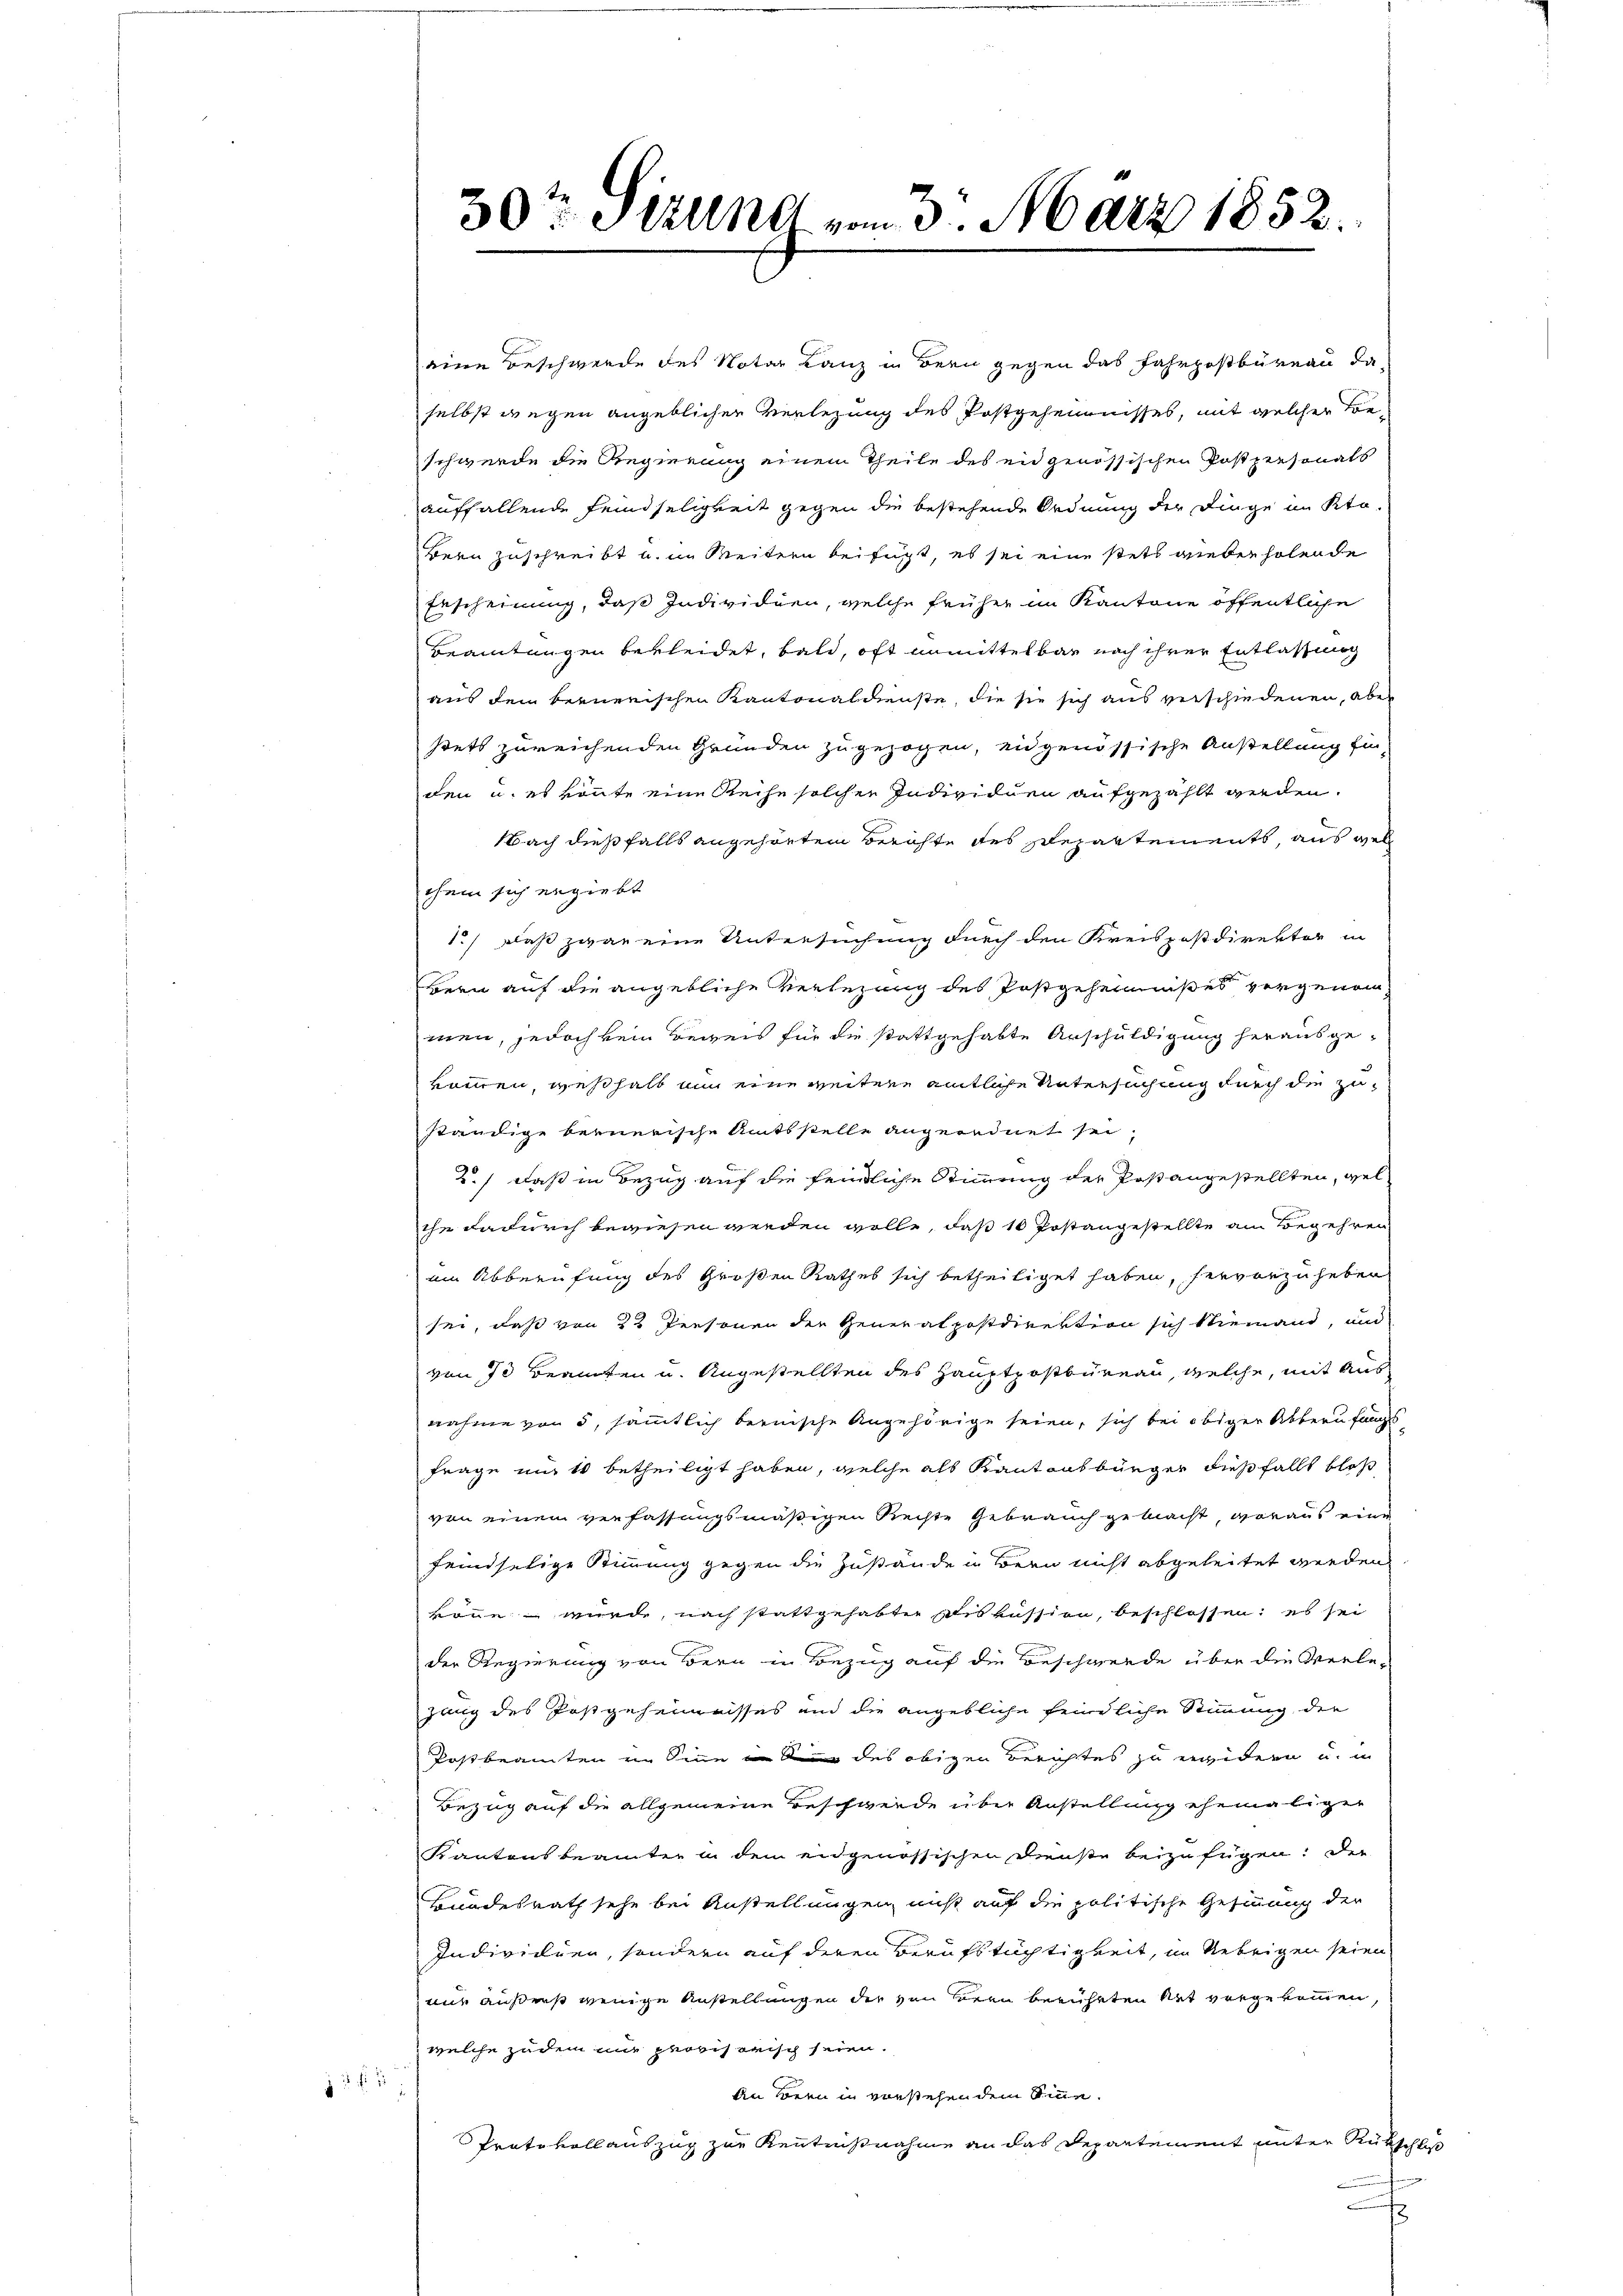
eine Beschwerde des Notar Lanz in Bern gegen das Fahrpostbureau daselbst wegen angeblicher Verlegung des Postgeheurnisses, mit welcher Freschwerde die Regierung einem Theile des eidgenössischen Postpersonats
auffallende Feindseligkeit gegen die bestehende Ordnung der Dinge an Klo-
Bern zuschreibt u. im Weitern beifügt, es sei eine stets wiederholende
Erscheinung, daß Individuen, welche früher im Kantone öffentliche
Beamtungen bekleidet, bald, oft unmittelbar nach ihrer Entlaßung
aus dem bernerischen Kantonaldienste, die sie sich aus verschiedenen, aber
stets zureichenden Gründen zugezogen, eidgenössische Anstellung für
den u. es könnte eine Reihe solcher Individuen aufgezählt werden.
NNach dießfalls angehörten Berichte des schepartements, aus wel
chem sich ergiebt
1.) Daß zwar eine Untersuchung durch den Kreispostdirektor in
Bern auf die angebliche Verlegung des Postgeheimnißes vorgenom
men, jedoch kein Beweis für die stattgehabte Anschuldigung herausge-
kammen, weßhalb nun eine weitere amtliche Untersuchung durch die zuständige bernerische Amtsstelle angeordnet sei,
2.) daß in Bezug auf die fendliche Stimmung der Postangestellten, wel
che dadurch bewiesen werden wolle, daß 10 Postangestellte am Begehren
am Abberufung des Großen Rathes sich betheiliget haben, hervorzuheben
sei, daß von 22 Personen der Generalpostdirektion sich Niemand, und
von 70 Beamten u. Angestellten des Hauptpostbüreau, welche, mit Ausnahme von 5, sämmtlich bernische Angehörige seien, sich bei obiger Abberufungs-
Frage um 4 betheiligt haben, welche als Kantonsbürger dießfällt bloß
von einen verfassungsmäßigen Rechte Gebrauch gemacht, woraus eine
feindselige Stimmung gegen die Zuständen Bern nicht abgeleitet werden
könne wurde, nach stattgehabten Diskussion, beschlossen: es sei
der Regierung von Bern in Bezug auf die Beschwerde über die Verlegang des Postgeheimnisses und die angebliche feindliche Stimmung der
Postbeamten im Sinn in Sie des obigen Berichtes zu erwidern u. in
Bezug auf die allgemeine Beschwerde über Anstellung ehemaliger
Kantonsbeamter in dem eidgenössischen Dienste beizufügen: Der
Bundesrath sehe bei Anstellungen nicht auf die politische Gesinnung der
Individuen, sondern auf deren Berufstüchtigkeit, im Uebrigen seien
mir außerst wenige Anstellungen der von Herrn berührten Rat vorgekommen,
welche zudem mir provisorisch seien.
An Bern in vorstehen dem Sinne.
Protokoll auszug zur Kenntnißnahme an das Departement unter Rückschluß
3

13 f 5 x

30ten Stelle vom 3. März 1852.